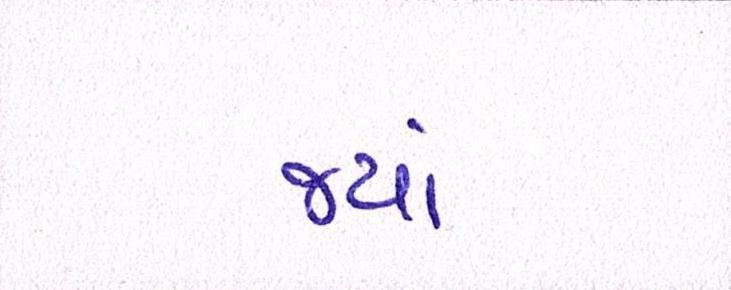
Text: જ્યાં